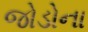
જોડોના